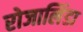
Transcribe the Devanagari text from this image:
रोजालिंडा